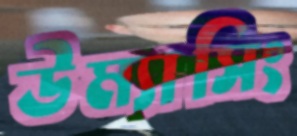
উম্যাসিং